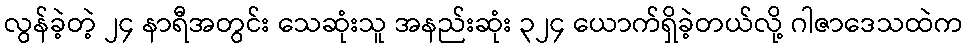
လွန်ခဲ့တဲ့ ၂၄ နာရီအတွင်း သေဆုံးသူ အနည်းဆုံး ၃၂၄ ယောက်ရှိခဲ့တယ်လို့ ဂါဇာဒေသထဲက